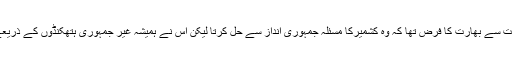
ایک جمہوری ملک ہونے کے دعویدارکی حیثیت سے بھارت کا فرض تھا کہ وہ کشمیرکا مسئلہ جمہوری انداز سے حل کرتا لیکن اس نے ہمیشہ غیر جمہوری ہتھکنڈوں کے ذریعے کشمیریوں کی آوازکو دبانے کی کوشش کی۔